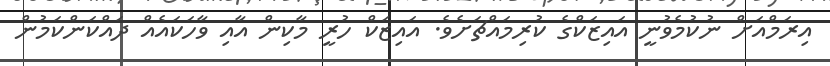
އިރަމްއަށް ނުކުމެވުނީ އައިޒަކްގެ ކުރިމައްޗަށެވެ. އައިޒަކް ހުރީ މާކިން އާއި ވާހަކައެއް ދައްކަންކަމުން